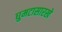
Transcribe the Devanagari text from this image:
घुमटासारखे